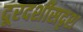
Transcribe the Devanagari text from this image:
दूरदर्शीसदृश